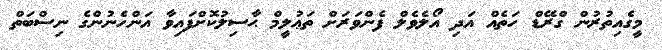
މީގެއިތުރުން ގްރޭޑް ހަތެއް އަދި އޯލެވެލް ފެންވަރަށް ތަޢުލީމް ޙާސިލުކޮށްފައިވާ އަންހެނުންގެ ނިސްބަތް